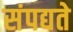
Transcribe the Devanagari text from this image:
संपद्यते